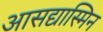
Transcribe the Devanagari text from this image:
आसद्यास्मिन